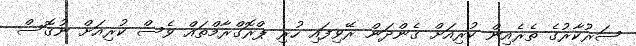
ސަރުކާރުގެ ތެރެއިން ކުރިއަށް ގެންދަން ރޭވިފައި ހުރި ޕްރޮގްރާމްތައް ވެސް ކުރިއަށް ނުގޮސް